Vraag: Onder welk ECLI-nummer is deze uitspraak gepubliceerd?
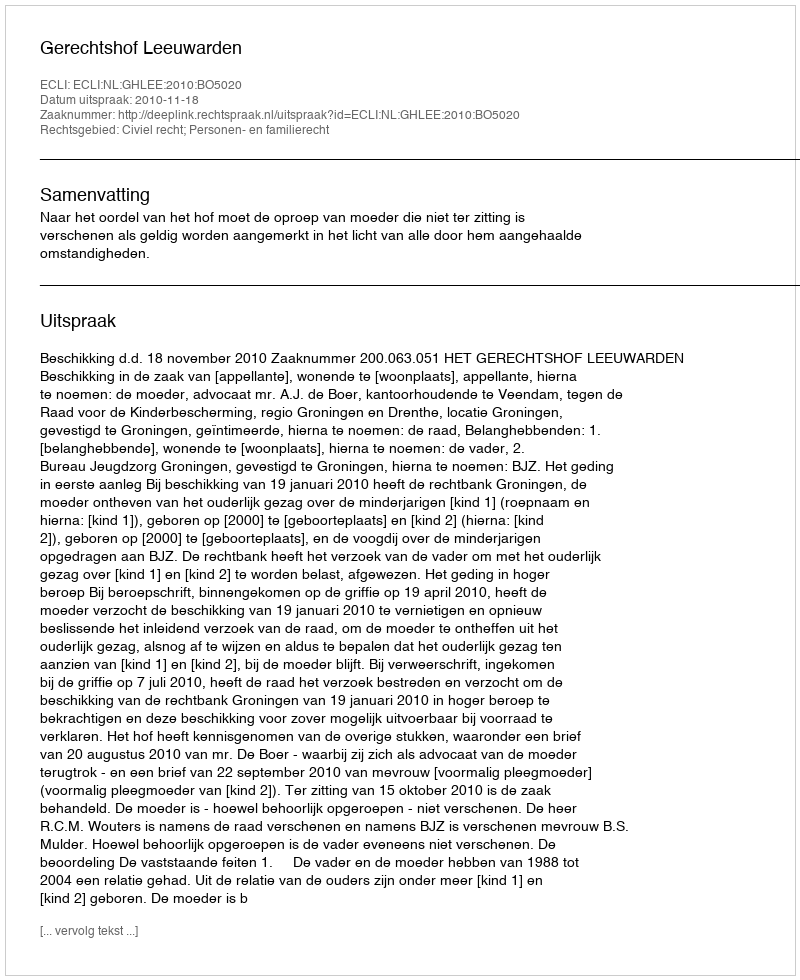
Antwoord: ECLI:NL:GHLEE:2010:BO5020